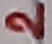
Text: 2